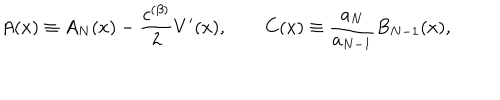
A ( x ) \equiv A _ { N } ( x ) - \frac { c ^ { ( \beta ) } } { 2 } V ^ { \prime } ( x ) , \qquad C ( x ) \equiv \frac { a _ { N } } { a _ { N - 1 } } B _ { N - 1 } ( x ) ,